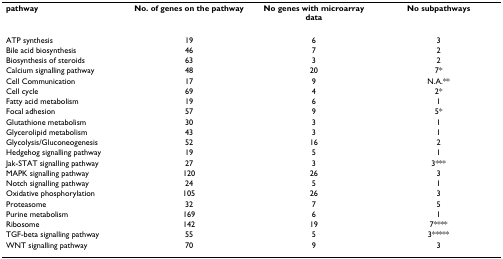
<table><thead><tr><td><b>pathway</b></td><td><b>No. of genes on the pathway</b></td><td><b>No genes with microarray data</b></td><td><b>No subpathways</b></td></tr></thead><tbody><tr><td>ATP synthesis</td><td>19</td><td>6</td><td>3</td></tr><tr><td>Bile acid biosynthesis</td><td>46</td><td>7</td><td>2</td></tr><tr><td>Biosynthesis of steroids</td><td>63</td><td>3</td><td>2</td></tr><tr><td>Calcium signalling pathway</td><td>48</td><td>20</td><td>7*</td></tr><tr><td>Cell Communication</td><td>17</td><td>9</td><td>N.A.**</td></tr><tr><td>Cell cycle</td><td>69</td><td>4</td><td>2*</td></tr><tr><td>Fatty acid metabolism</td><td>19</td><td>6</td><td>1</td></tr><tr><td>Focal adhesion</td><td>57</td><td>9</td><td>5*</td></tr><tr><td>Glutathione metabolism</td><td>30</td><td>3</td><td>1</td></tr><tr><td>Glycerolipid metabolism</td><td>43</td><td>3</td><td>1</td></tr><tr><td>Glycolysis/Gluconeogenesis</td><td>52</td><td>16</td><td>2</td></tr><tr><td>Hedgehog signalling pathway</td><td>19</td><td>5</td><td>1</td></tr><tr><td>Jak-STAT signalling pathway</td><td>27</td><td>3</td><td>3***</td></tr><tr><td>MAPK signalling pathway</td><td>120</td><td>26</td><td>3</td></tr><tr><td>Notch signalling pathway</td><td>24</td><td>5</td><td>1</td></tr><tr><td>Oxidative phosphorylation</td><td>105</td><td>26</td><td>3</td></tr><tr><td>Proteasome</td><td>32</td><td>7</td><td>5</td></tr><tr><td>Purine metabolism</td><td>169</td><td>6</td><td>1</td></tr><tr><td>Ribosome</td><td>142</td><td>19</td><td>7****</td></tr><tr><td>TGF-beta signalling pathway</td><td>55</td><td>5</td><td>3*****</td></tr><tr><td>WNT signalling pathway</td><td>70</td><td>9</td><td>3</td></tr></tbody></table>